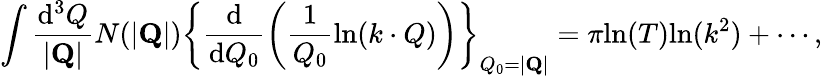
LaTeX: \int\frac{\mathrm{d}^{3}Q}{|{\mathbf Q}|}N(|{\mathbf Q}|)\left\{ \frac{\mathrm{d}}{\mathrm{d}Q_{0}}\left(\frac{1}{Q_{0}}\mathrm{ln}(k\cdot Q)\right)\right\} _{Q_{0}=|{\mathbf Q}|}=\pi\mathrm{ln}(T)\mathrm{ln}(k^{2})+\cdots,